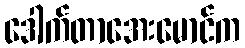
ဒေါက်တာအေးမောင်က